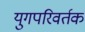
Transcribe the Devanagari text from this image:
युगपरिवर्तक